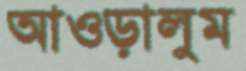
আওড়ালুম